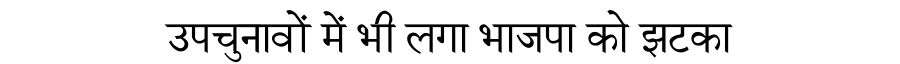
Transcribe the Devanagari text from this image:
उपचुनावों में भी लगा भाजपा को झटका